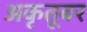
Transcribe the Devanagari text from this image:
अकृतूबर